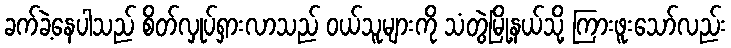
ခက်ခဲ့နေပါသည် စိတ်လှုပ်ရှားလာသည် ဝယ်သူများကို သံတွဲမြို့နယ်သို့ ကြားဖူးသော်လည်း